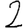
Digit: 2